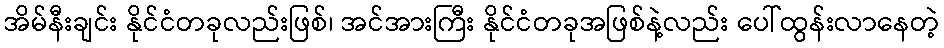
အိမ်နီးချင်း နိုင်ငံတခုလည်းဖြစ်၊ အင်အားကြီး နိုင်ငံတခုအဖြစ်နဲ့လည်း ပေါ်ထွန်းလာနေတဲ့